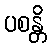
ပစန္တိ